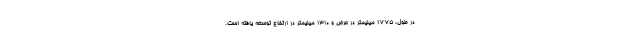
در طول، 1775 میلیمتر در عرض و 1310 میلیمتر در ارتفاع توسعه یافته است.